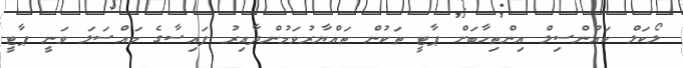
ލޯކަލް ކައުންސިލް އިންތިހާބަށް ޕާޓީ ތަކުން ތައްޔާރުވަމުންދާއިރު ފައިސާގެ މައްސަލަ ވަނީ ޕާޓީ